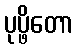
ပုပ္ဖိတော